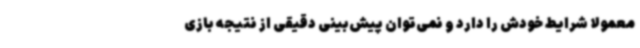
معمولا شرایط خودش را دارد و نمی‌توان پیش‌بینی دقیقی از نتیجه بازی